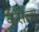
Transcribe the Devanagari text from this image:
कुर्सेला